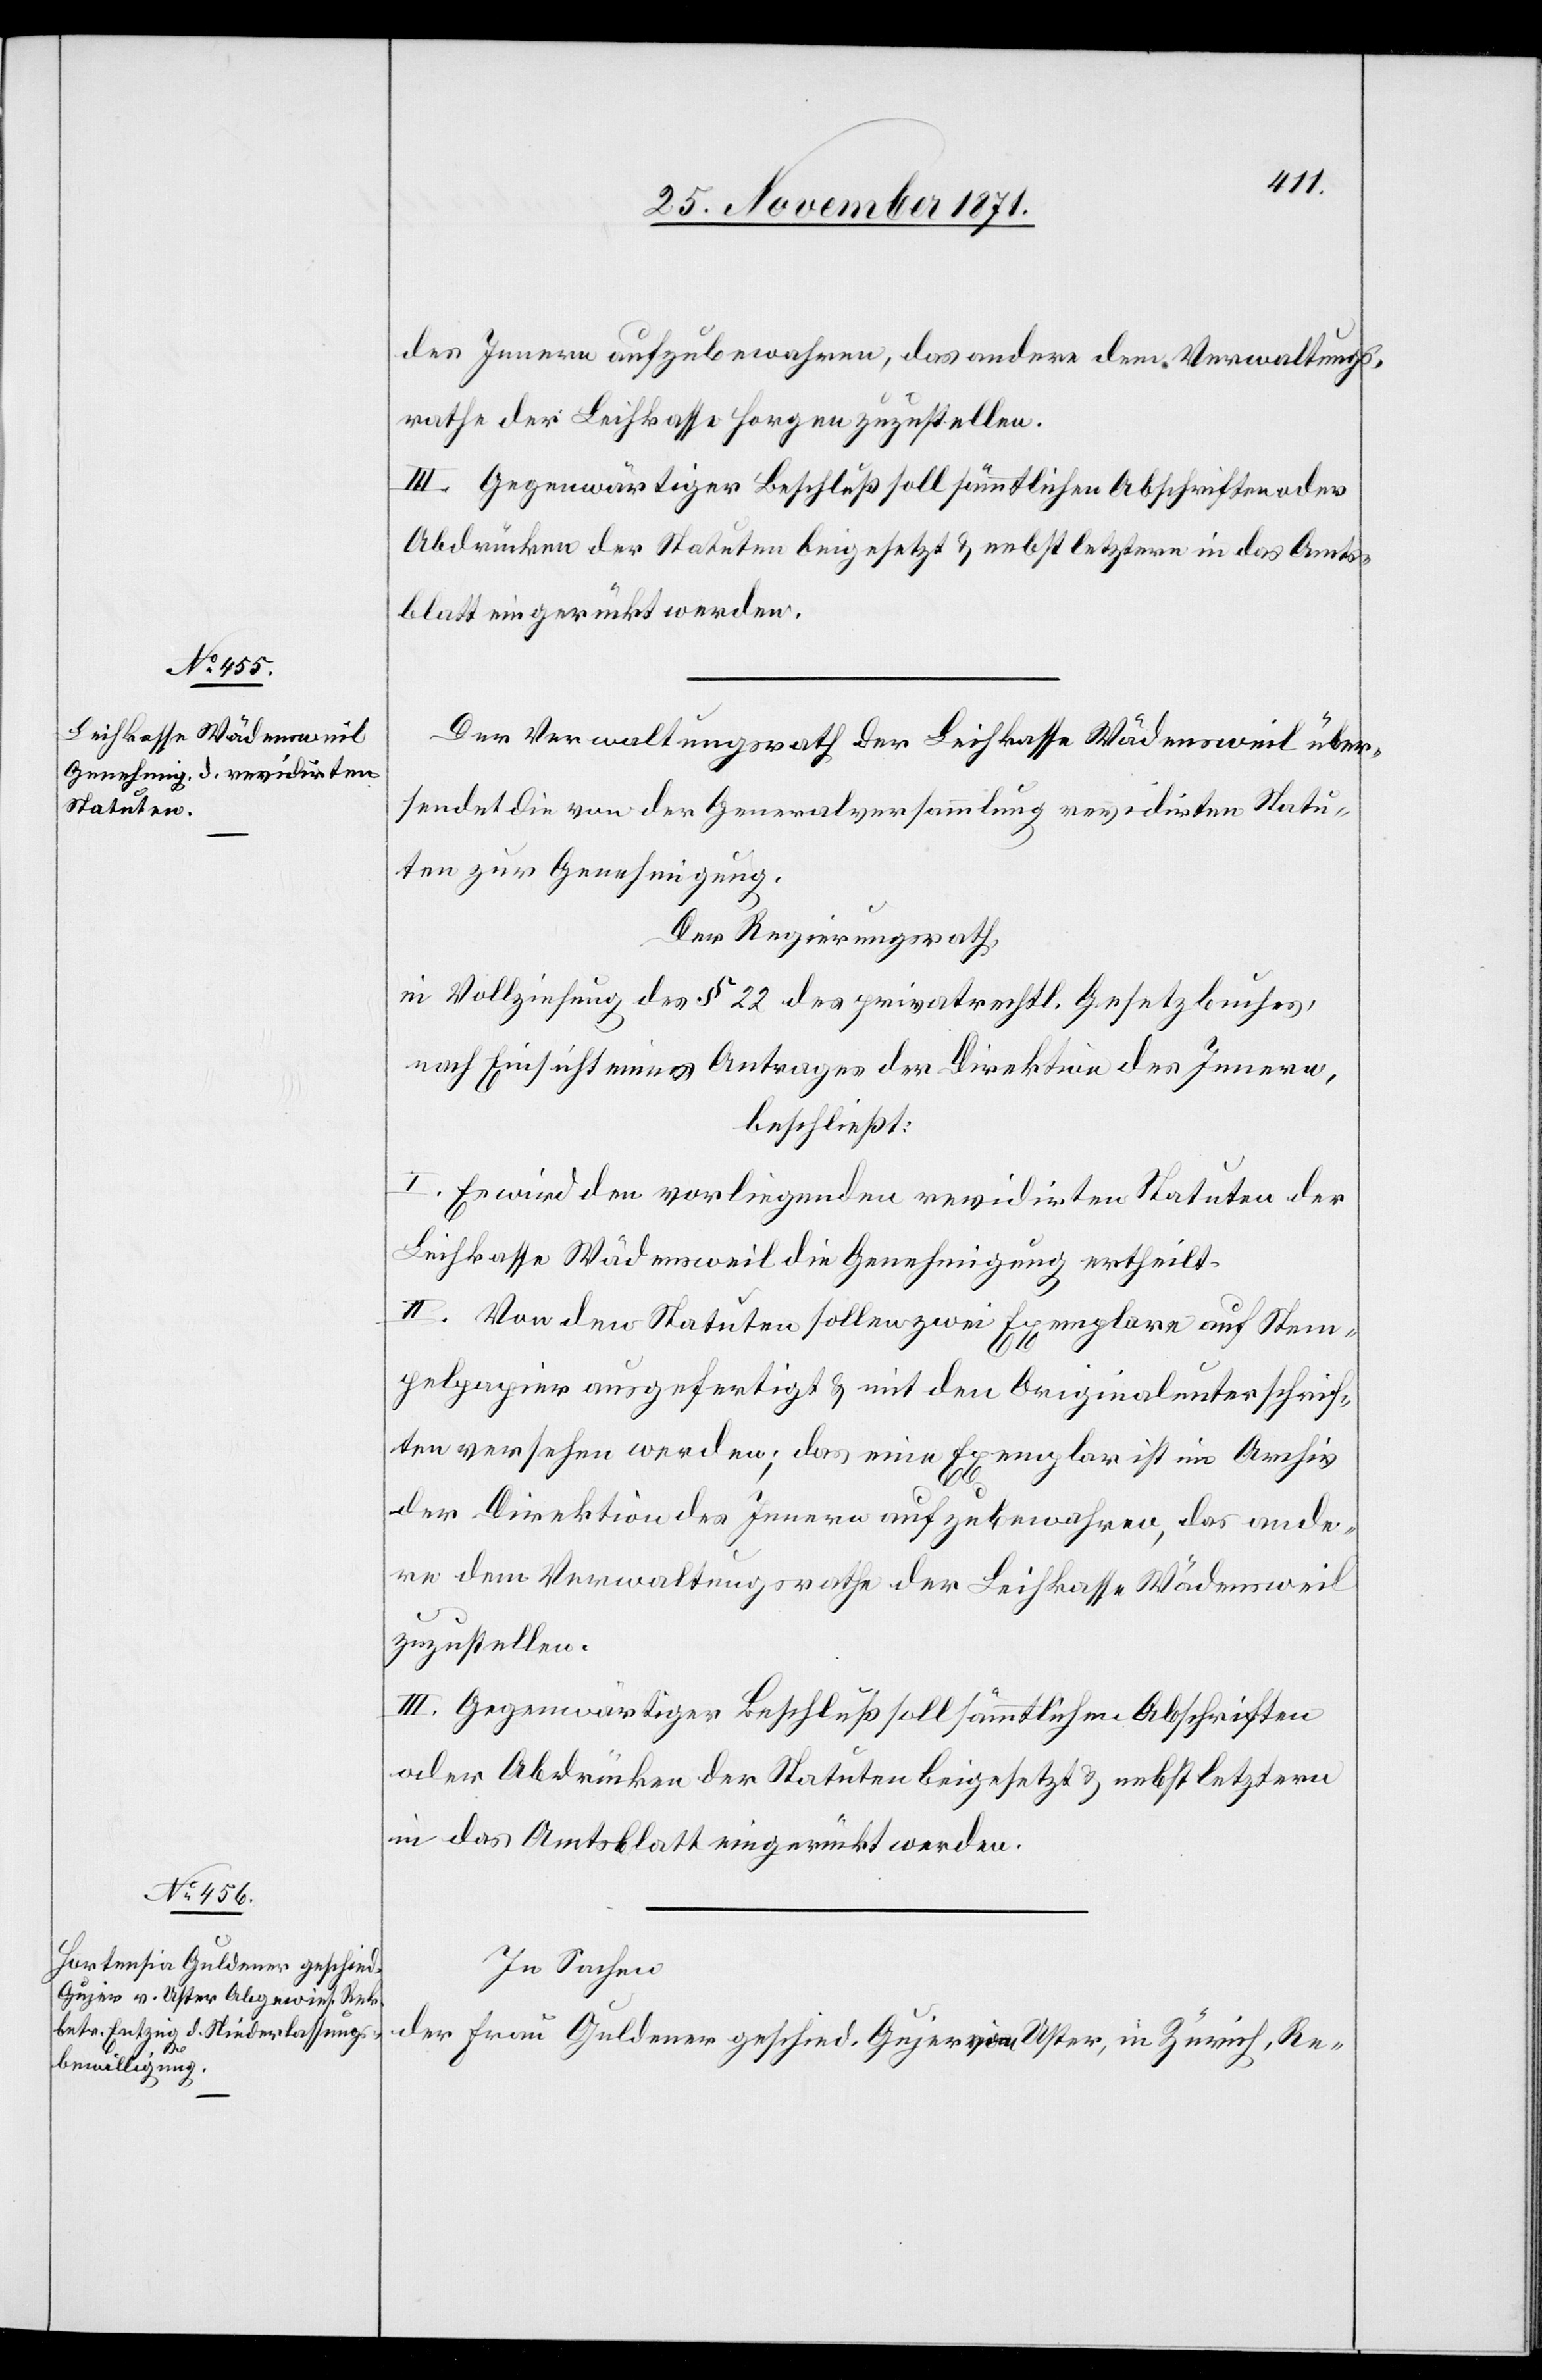
des Innern aufzubewahren, das andere dem Verwaltungs¬
rathe der Leihkasse Horgen zuzustellen.
Der Verwaltungsrath der Leihkasse Wädensweil über¬
sendet die von der Generalversammlung revidirten Statu¬
ten zur Genehmigung.
Der Regierungsrath,
in Vollziehung des § 22 des privatrechtl. Gesetzbuches,
nach Einsicht eines Antrages der Direktion des Innern,
beschließt:
I. Es wird den vorliegenden revidirten Statuten der
Leihkasse Wädensweil die Genehmigung ertheilt.
II. Von den Statuten sollen zwei Exemplare auf Stem¬
pelpapier ausgefertigt & mit den Originalunterschrif¬
ten versehen werden; das eine Exemplar ist im Archiv
der Direktion des Innern aufzubewahren, das ande¬
re dem Verwaltungsrathe der Leihkasse Wädensweil
zuzustellen.
III. Gegenwärtiger Beschluß soll sämmtlichen Abschriften
oder Abdrücken der Statuten beigesetzt & nebst letztern
in das Amtsblatt eingerückt werden.
In Sachen
der Frau Guldener geschied. Gujer von Uster, in Zürich, Re-